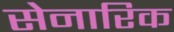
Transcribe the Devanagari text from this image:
सेनारिक